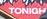
tonigh